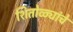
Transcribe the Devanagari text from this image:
शितोळ्यांचे